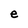
Character: e